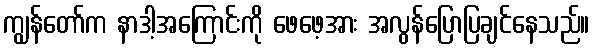
ကျွန်တော်က နာဒါ့အကြောင်းကို ဖေဖေ့အား အလွန်ပြောပြချင်နေသည်။